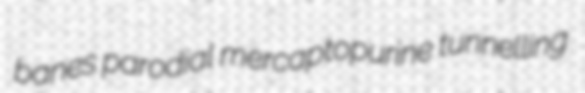
banes parodial mercaptopurine tunnelling